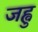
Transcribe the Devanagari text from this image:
जह्वु